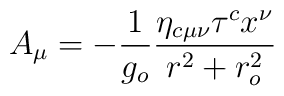
A_\mu =-\frac{1}{g_o} \frac{\eta_{c\mu\nu}\tau^cx^\nu}{r^2+r_o^2}